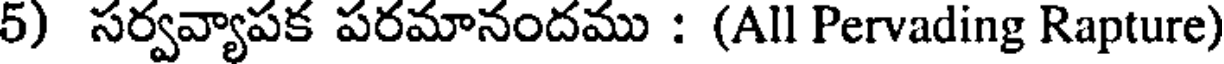
5) సర్వవ్యాపక పరమానందము : (All Pervading Rapture)